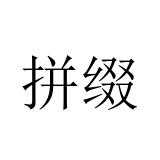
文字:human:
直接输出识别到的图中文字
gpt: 拼缀